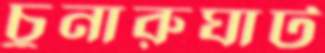
চুনারুঘাট